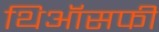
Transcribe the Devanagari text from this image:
थिऑसफी